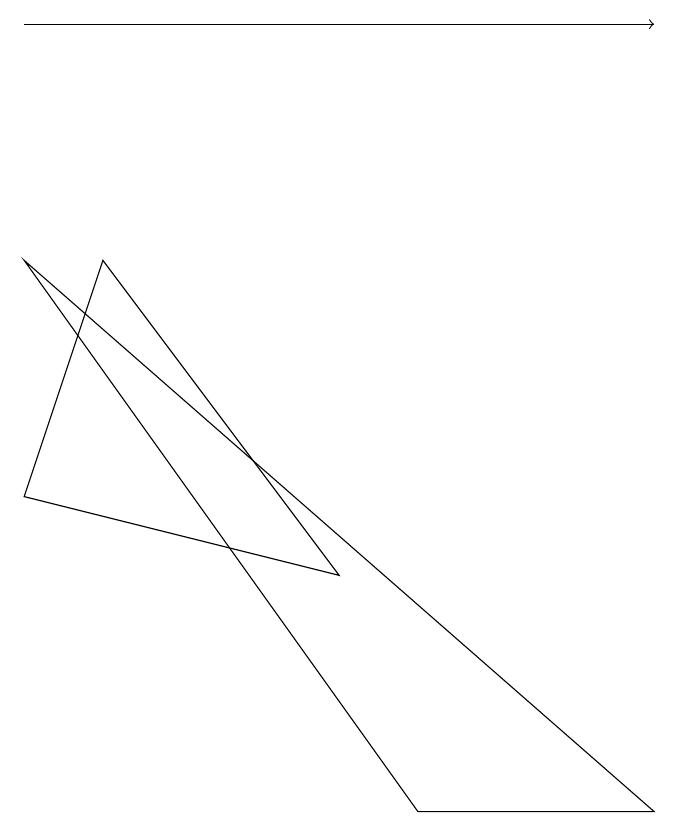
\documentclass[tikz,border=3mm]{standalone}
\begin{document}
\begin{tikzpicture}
\draw (5,4) -- (1,5) -- (2,8) -- cycle;
\draw (6,1) -- (9,1) -- (1,8) -- cycle;
\draw[->] (1,11) -- (9,11);
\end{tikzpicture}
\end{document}